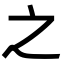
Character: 之